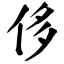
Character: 侈